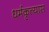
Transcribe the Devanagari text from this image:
धर्मकृत्यास